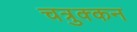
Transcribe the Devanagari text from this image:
चत्रुक्कन